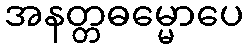
အနတ္တဓမ္မောပေ